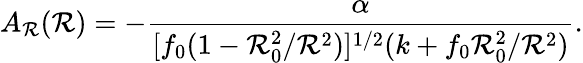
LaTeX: A_{\mathcal{R}}(\mathcal{R})=-\frac{{\alpha}}{{[f_{0}(1-\mathcal{R}_{0}^{2}/\mathcal{R}^{2})]^{1/2}(k+f_{0}\mathcal{R}_{0}^{2}/\mathcal{R}^{2})}}.